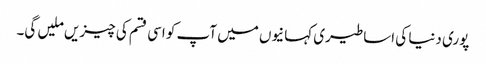
پوری دنیا کی اساطیری کہانیوں میں آپ کو اسی قسم کی چیزیں ملیں گی۔